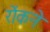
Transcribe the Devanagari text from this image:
रोंकने